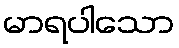
မာရပါသော